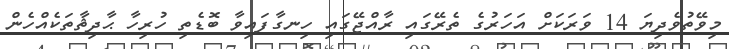
މިވޭތުވެދިޔަ 14 ވަރަކަށް އަހަރުގެ ތެރޭގައި ރާއްޖޭގައި ހިނގާފައިވާ ބޮޑެތި ހުރިހާ ޙާދިޘާތަކެއްހެން